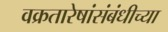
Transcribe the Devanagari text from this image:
वक्रतारेषांसंबंधीच्या